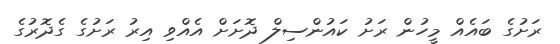
ރަށުގެ ބައެއް މީހުން ރަށު ކައުންސިލް ދޮށަށް އެއްވި އިރު ރަށުގެ ގެދޮރުގެ